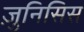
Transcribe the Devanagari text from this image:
ज़ुनिसिस